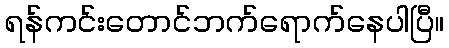
ရန်ကင်းတောင်ဘက်ရောက်နေပါပြီ။